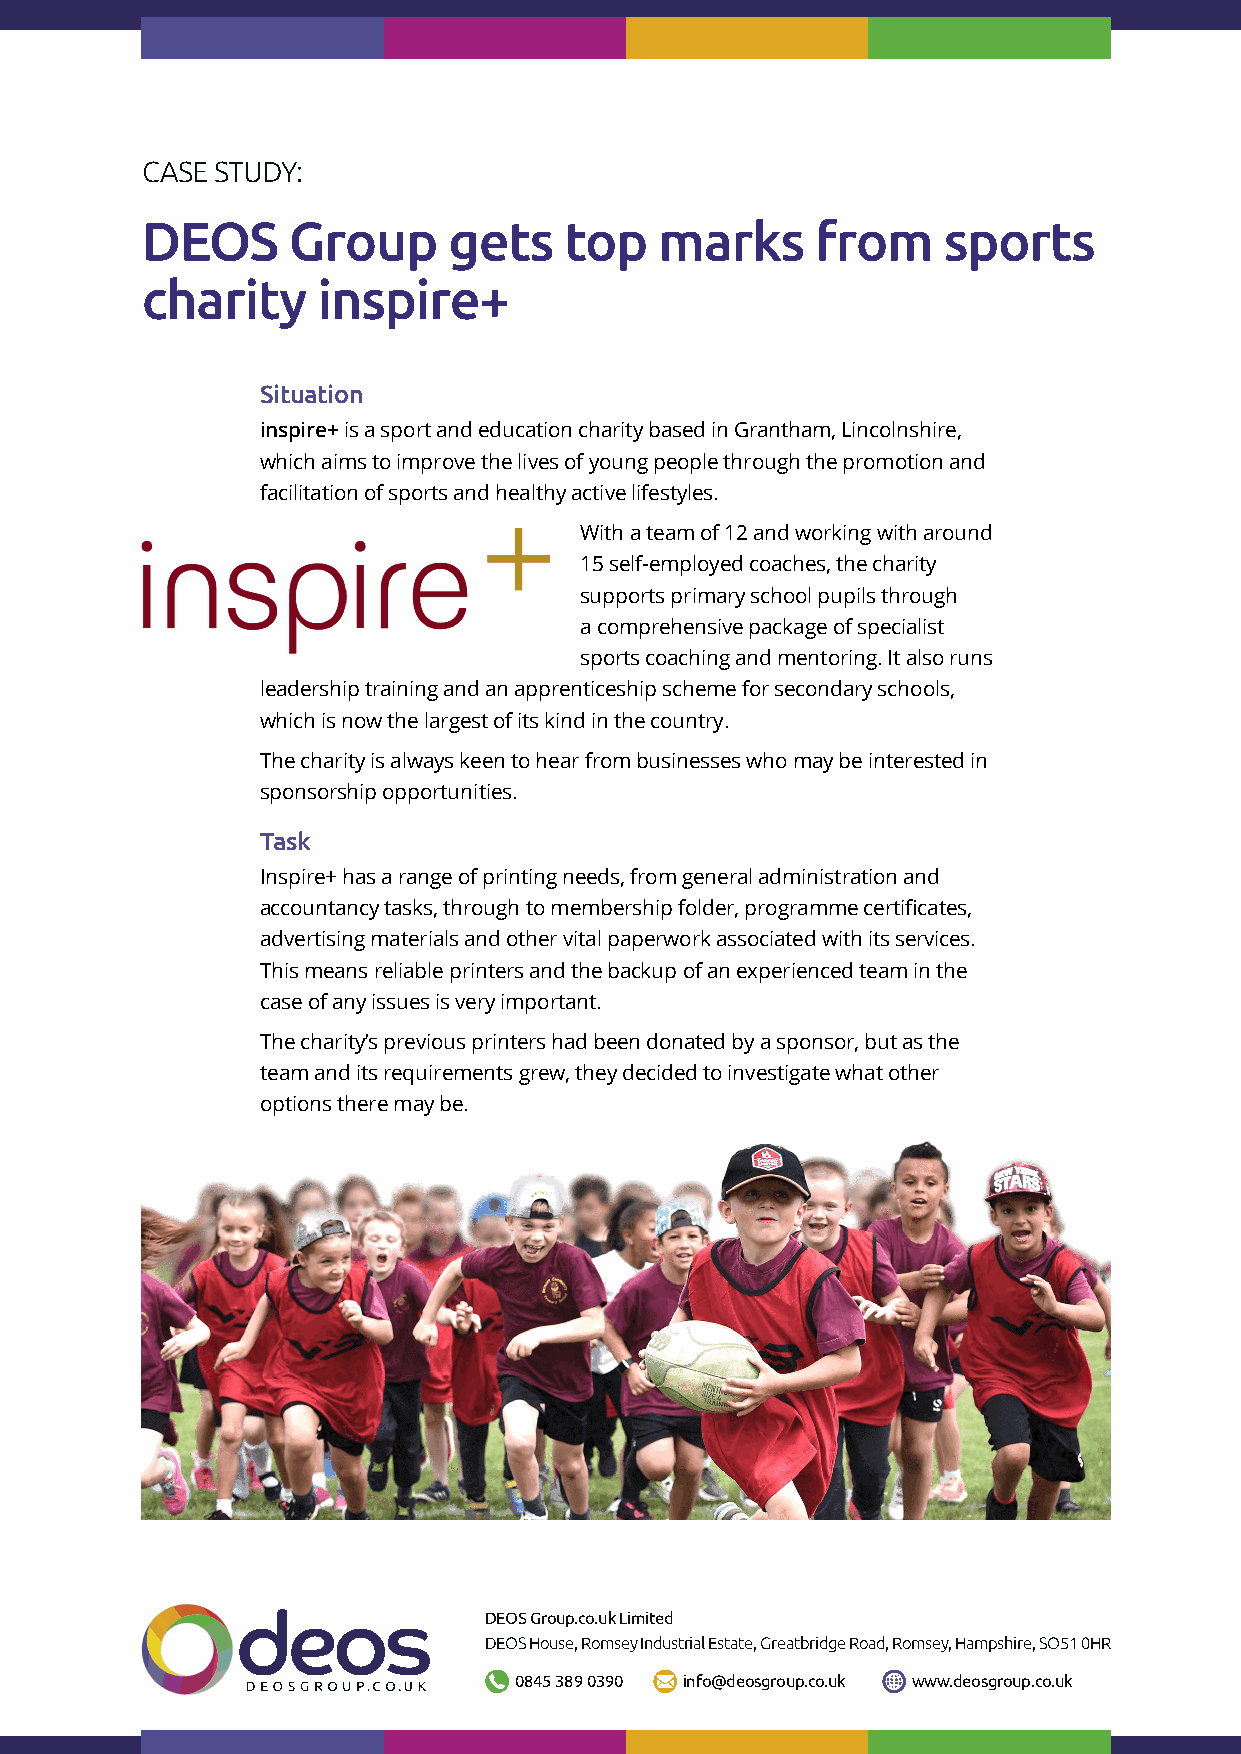
CASE STUDY:
 DEOS      Group      gets   top    marks     from    sports
 charity     inspire+
 Situation
 inspire+ is a sport and education charity based in Grantham, Lincolnshire,
 which aims to improve the lives of young people through the promotion and
 facilitation of sports and healthy active lifestyles.
 With a team of 12 and working with around
 15 self-employed coaches, the charity
 supports primary school pupils through
 a comprehensive package of specialist
 sports coaching and mentoring. It also runs
 leadership training and an apprenticeship scheme for secondary schools,
 which is now the largest of its kind in the country.
 The charity is always keen to hear from businesses who may be interested in
 sponsorship opportunities.
 Task
 Inspire+ has a range of printing needs, from general administration and
 accountancy tasks, through to membership folder, programme certificates,
 advertising materials and other vital paperwork associated with its services.
 This means reliable printers and the backup of an experienced team in the
 case of any issues is very important.
 The charity’s previous printers had been donated by a sponsor, but as the
 team and its requirements grew, they decided to investigate what other
 options there may be.
 DEOS Group.co.uk Limited
 DEOS House, Romsey Industrial Estate, Greatbridge Road, Romsey, Hampshire, SO51 0HR
 0845 389 0390 info@deosgroup.co.uk www.deosgroup.co.uk